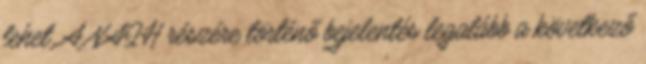
lehet. A NAIH részére történő bejelentés legalább a következő